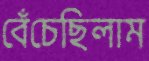
বেঁচেছিলাম